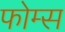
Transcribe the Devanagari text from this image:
फोम्स